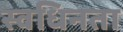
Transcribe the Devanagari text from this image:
स्वधिनता